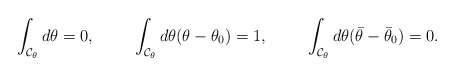
\begin{align*}\int_{{\cal C}_{\theta}}d\theta = 0,\hspace{1cm}\int_{{\cal C}_{\theta}}d\theta(\theta-\theta_{0}) = 1,\hspace{1cm}\int_{{\cal C}_{\theta}}d\theta(\bar\theta-\bar\theta_{0}) = 0.\end{align*}